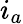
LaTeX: i_{a}